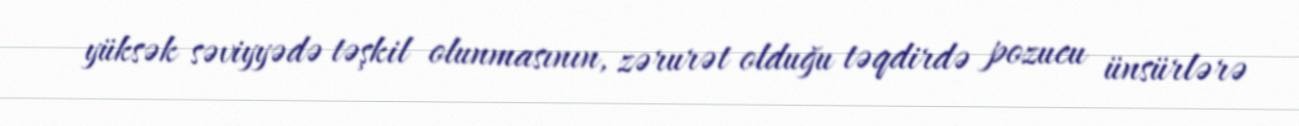
yüksək səviyyədə təşkil olunmasının, zərurət olduğu təqdirdə pozucu ünsürlərə